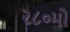
૨૮૦મો